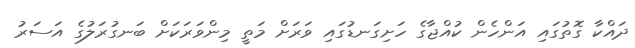
ދައްކާ ގޮތުގައި އަންހެން ކުއްޖާގެ ހަށިގަނޑުގައި ވަރަށް މަތީ މިންވަރަކަށް ބަނގުރަލުގެ އަސަރު